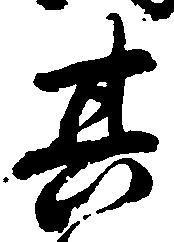
其